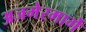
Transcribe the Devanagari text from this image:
अजमेरमार्गे